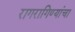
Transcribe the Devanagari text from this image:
रागरागिण्यांचा